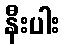
နီးပါး